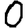
Digit: 0